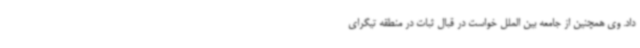
داد. وی همچنین از جامعه بین الملل خواست در قبال ثبات در منطقه تیگرای